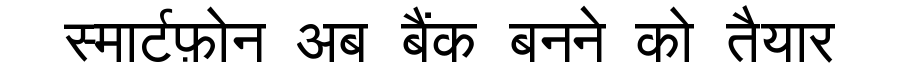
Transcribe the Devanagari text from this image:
स्मार्टफ़ोन अब बैंक बनने को तैयार